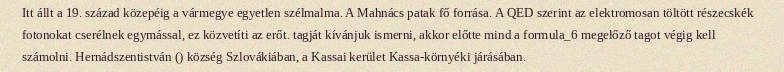
Itt állt a 19. század közepéig a vármegye egyetlen szélmalma. A Mahnács patak fő forrása. A QED szerint az elektromosan töltött részecskék fotonokat cserélnek egymással, ez közvetíti az erőt. tagját kívánjuk ismerni, akkor előtte mind a formula_6 megelőző tagot végig kell számolni. Hernádszentistván () község Szlovákiában, a Kassai kerület Kassa-környéki járásában.